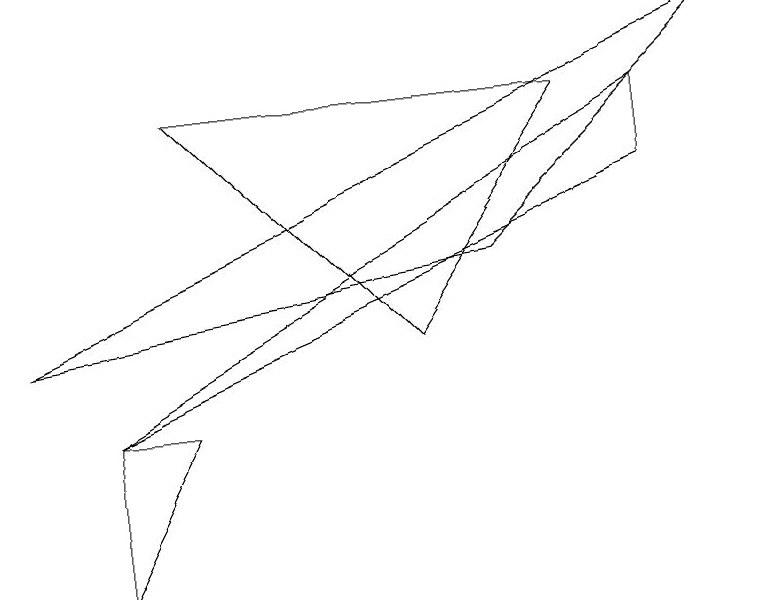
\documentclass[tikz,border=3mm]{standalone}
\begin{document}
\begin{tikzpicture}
\draw (2,4) -- (1,4) -- (1,2) -- cycle;
\draw (0,5) -- (9,9) -- (6,6) -- cycle;
\draw (8,8) -- (8,7) -- (1,4) -- cycle;
\draw (2,8) -- (5,5) -- (7,8) -- cycle;
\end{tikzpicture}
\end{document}